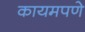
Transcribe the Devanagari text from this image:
कायमपणे